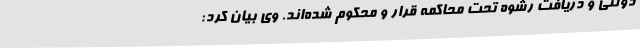
دولتی و دریافت رشوه تحت محاکمه قرار و محکوم شده‌اند. وی بیان کرد: